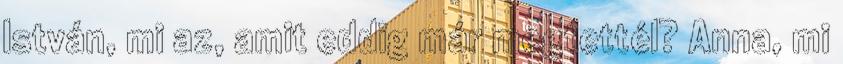
István, mi az, amit eddig már megtettél? Anna, mi